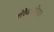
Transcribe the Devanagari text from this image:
शेरेबाजीमुळे